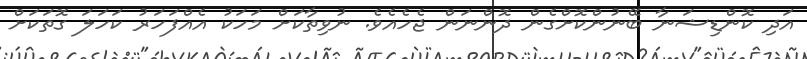
އަދި ކޮންޑިޝަނާ ބޭނުންކޮށްގެން ދޮންނަން ޖެހެއެވެ. ނުވިތާކަށް މަހަކު އެއްފަހަރު ކަހަލަ ގޮތަކަށް